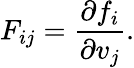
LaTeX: F_{ij}={\frac{\partial f_{i}}{\partial v_{j}}}.